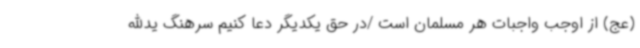
(عج) از اوجب واجبات هر مسلمان است /در حق یکدیگر دعا کنیم سرهنگ یدالله